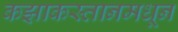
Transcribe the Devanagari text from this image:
कझाकस्तानमधून